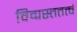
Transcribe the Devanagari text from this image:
विद्मस्तत्तत्त्वं